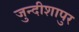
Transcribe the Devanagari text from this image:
जुन्दीशापुर